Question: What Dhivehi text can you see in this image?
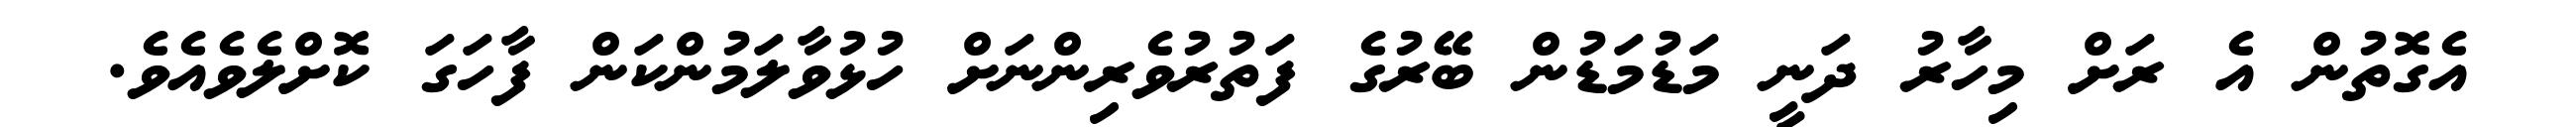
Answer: އެގޮތުން އެ ރަށް މިހާރު ދަނީ މަޑުމަޑުން ބޭރުގެ ފަތުރުވެރިންނަށް ހުޅުވާލަމުންކަން ފާހަގަ ކޮށްލެވެއެވެ.